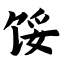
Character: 馁